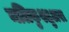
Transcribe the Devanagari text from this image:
मलिकुश्शुअरा